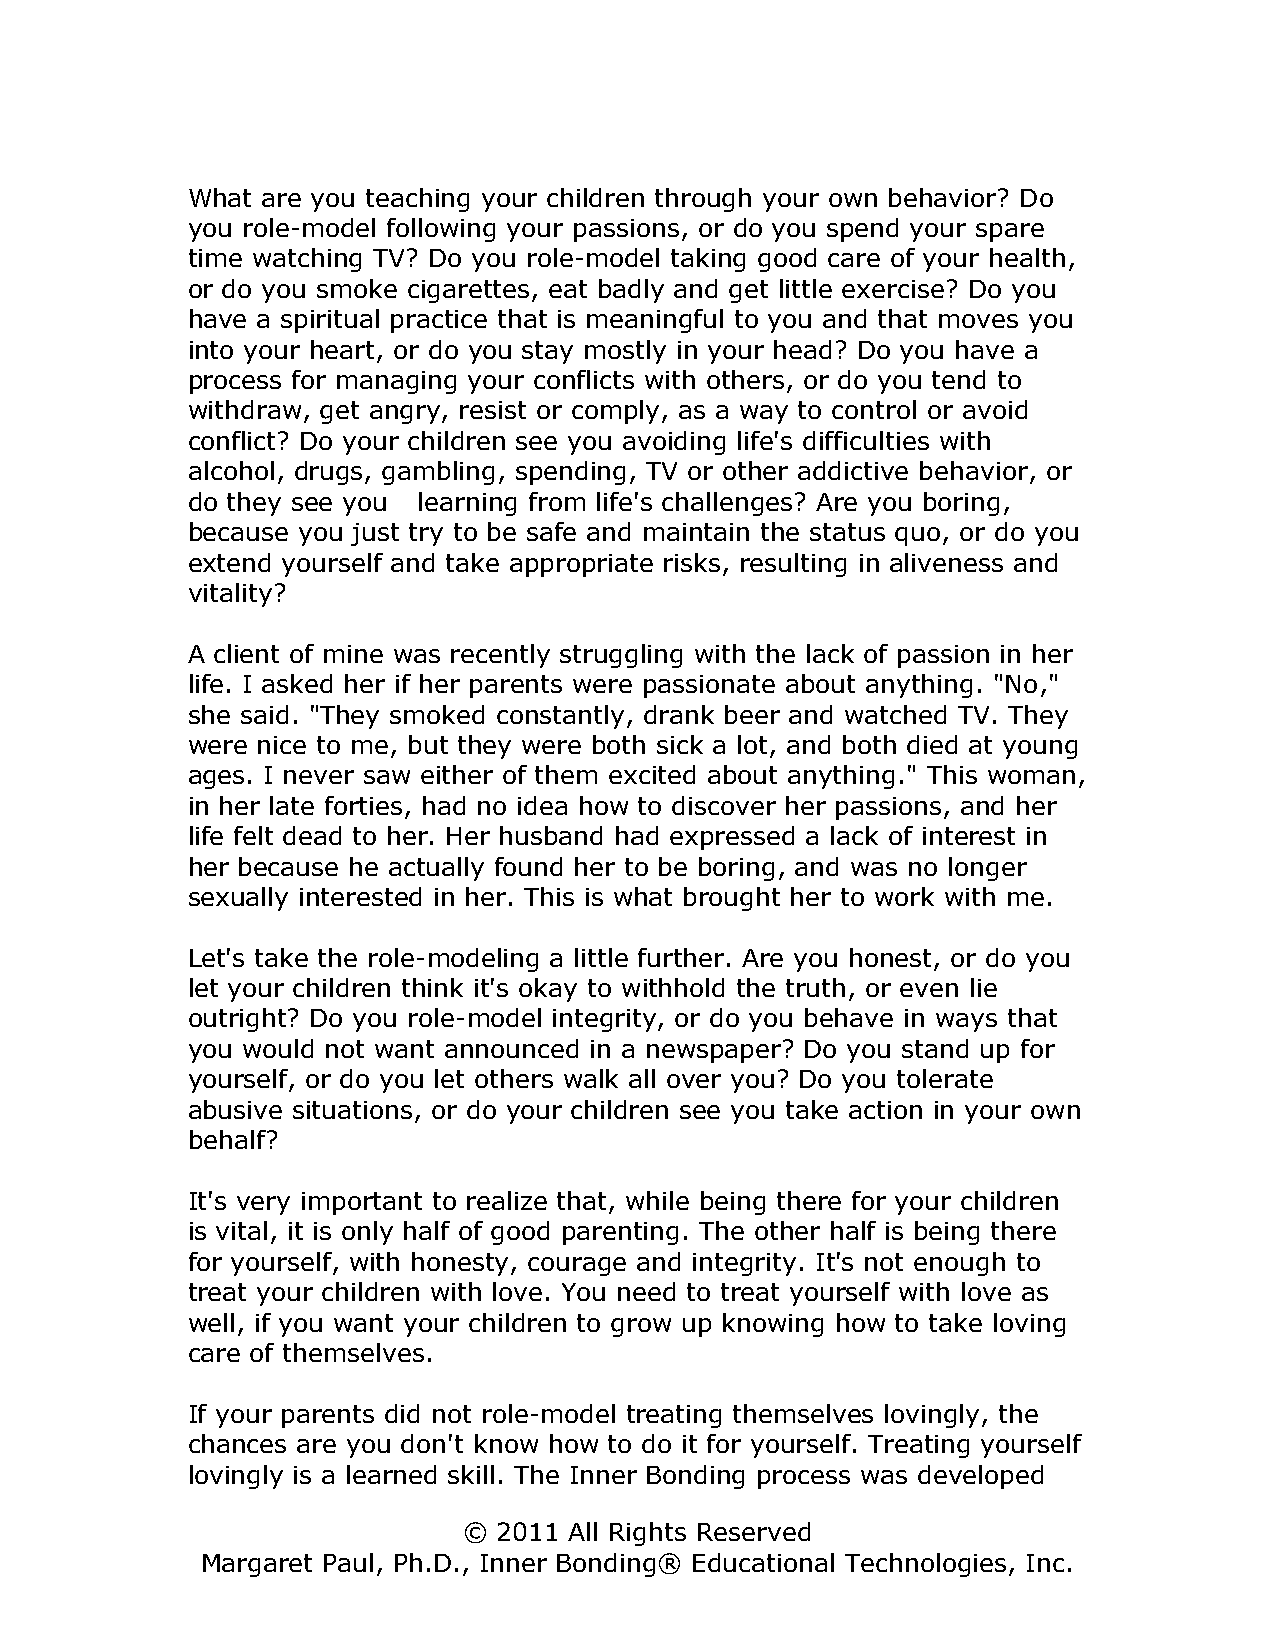
What are you teaching your children through your own behavior? Do
 you role-model following your passions, or do you spend your spare
 time watching TV? Do you role-model taking good care of your health,
 or do you smoke cigarettes, eat badly and get little exercise? Do you
 have a spiritual practice that is meaningful to you and that moves you
 into your heart, or do you stay mostly in your head? Do you have a
 process for managing your conflicts with others, or do you tend to
 withdraw, get angry, resist or comply, as a way to control or avoid
 conflict? Do your children see you avoiding life's difficulties with
 alcohol, drugs, gambling, spending, TV or other addictive behavior, or
 do they see you learning from life's challenges? Are you boring,
 because you just try to be safe and maintain the status quo, or do you
 extend yourself and take appropriate risks, resulting in aliveness and
 vitality?
 A client of mine was recently struggling with the lack of passion in her
 life. I asked her if her parents were passionate about anything. "No,"
 she said. "They smoked constantly, drank beer and watched TV. They
 were nice to me, but they were both sick a lot, and both died at young
 ages. I never saw either of them excited about anything." This woman,
 in her late forties, had no idea how to discover her passions, and her
 life felt dead to her. Her husband had expressed a lack of interest in
 her because he actually found her to be boring, and was no longer
 sexually interested in her. This is what brought her to work with me.
 Let's take the role-modeling a little further. Are you honest, or do you
 let your children think it's okay to withhold the truth, or even lie
 outright? Do you role-model integrity, or do you behave in ways that
 you would not want announced in a newspaper? Do you stand up for
 yourself, or do you let others walk all over you? Do you tolerate
 abusive situations, or do your children see you take action in your own
 behalf?
 It's very important to realize that, while being there for your children
 is vital, it is only half of good parenting. The other half is being there
 for yourself, with honesty, courage and integrity. It's not enough to
 treat your children with love. You need to treat yourself with love as
 well, if you want your children to grow up knowing how to take loving
 care of themselves.
 If your parents did not role-model treating themselves lovingly, the
 chances are you don't know how to do it for yourself. Treating yourself
 lovingly is a learned skill. The Inner Bonding process was developed
 © 2011 All Rights Reserved
 Margaret Paul, Ph.D., Inner Bonding® Educational Technologies, Inc.